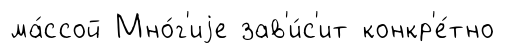
ма́ссой Мно́г'иjе зав'и́с'ит конкр'е́тно